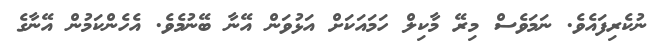
ނުކެރިފައެވެ. ނަމަވެސް މިރޭ މާކިލް ހަމައަކަށް އަޅުވަން އޭނާ ބޭނުމެވެ. އެހެންކަމުން އޭނާގެ